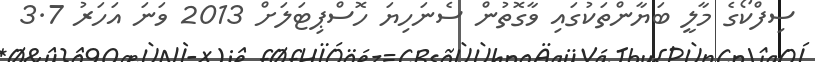
ސިފްކޯގެ މާލީ ބަޔާންތަކުގައި ވާގޮތުން ސެނަހިޔަ ހޮސްޕިޓަލަށް 2013 ވަނަ އަހަރު 3.7